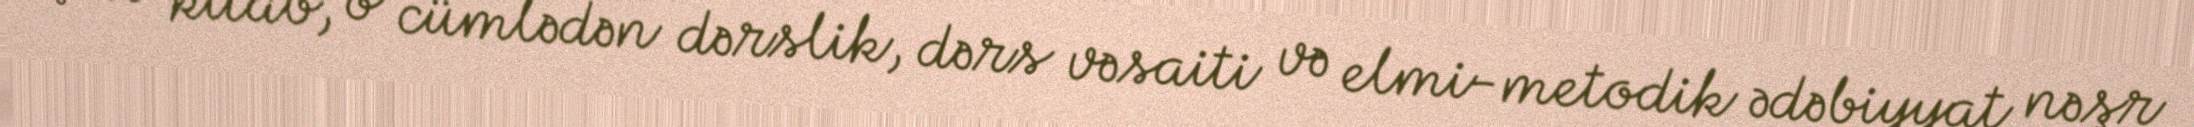
çox kitab, o cümlədən dərslik, dərs vəsaiti və elmi-metodik ədəbiyyat nəşr